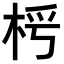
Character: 𣑂